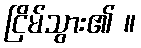
ငြိမ်သွား၏ ။